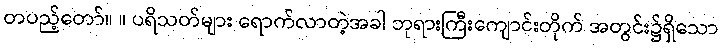
တပည့်တော်။ ။ ပရိသတ်များ ရောက်လာတဲ့အခါ ဘုရားကြီးကျောင်းတိုက် အတွင်း၌ရှိသော